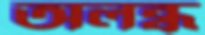
অলব্ধ